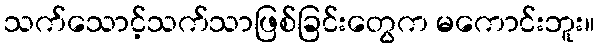
သက်သောင့်သက်သာဖြစ်ခြင်းတွေက မကောင်းဘူး။